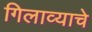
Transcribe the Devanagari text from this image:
गिलाव्याचे